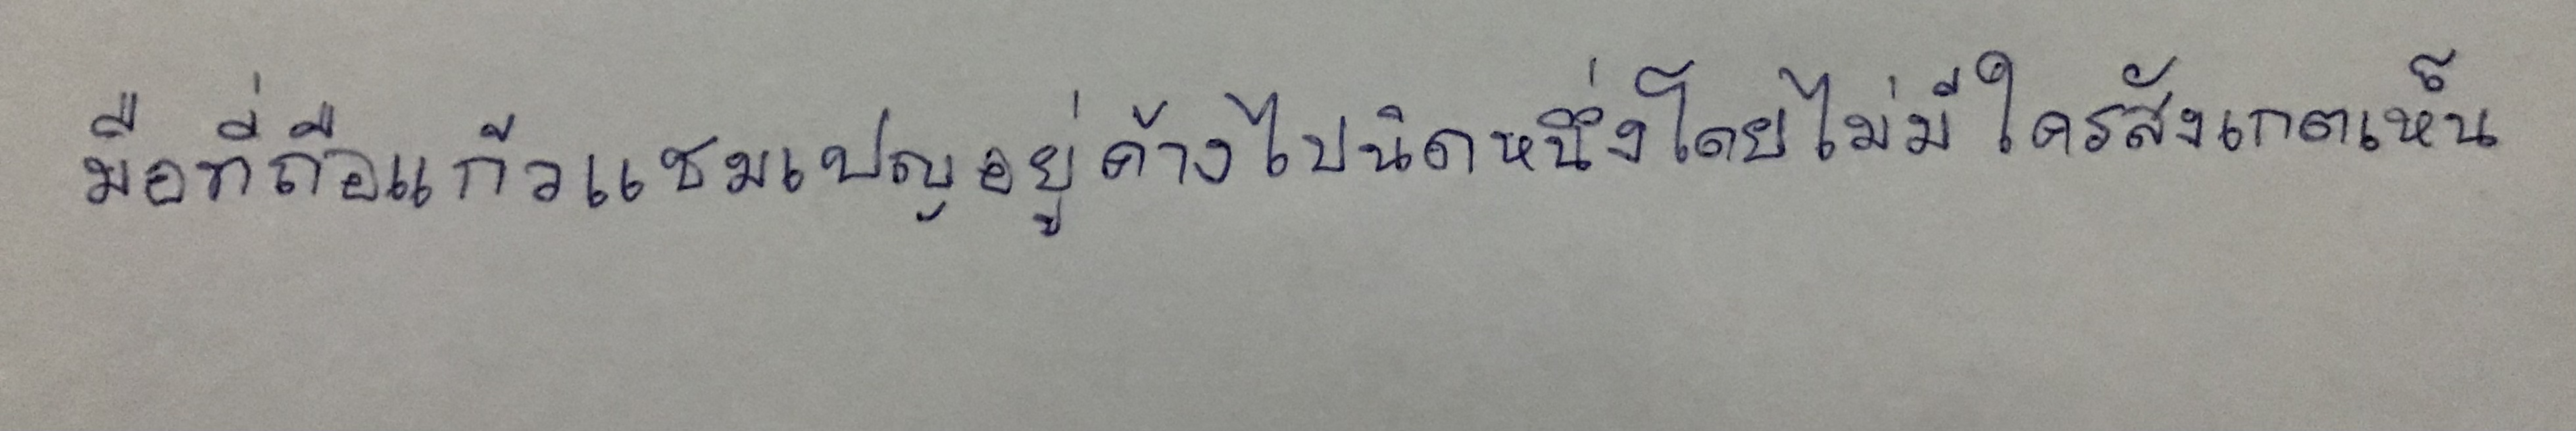
มือที่ถือแก้วแชมเปญอยู่ค้างไปนิดหนึ่งโดยไม่มีใครสังเกตเห็น